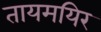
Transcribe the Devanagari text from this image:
तायमयिर